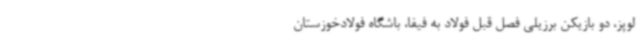
لوپز، دو بازیکن برزیلی فصل قبل فولاد به فیفا، باشگاه فولادخوزستان